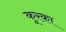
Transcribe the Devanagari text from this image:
कूरका